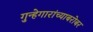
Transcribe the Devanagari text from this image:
गुन्हेगारांच्याबरोबर